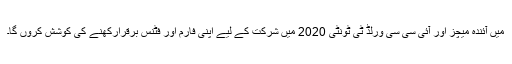
میں آئندہ میچز اور آئی سی سی ورلڈ ٹی ٹونٹی 2020 میں شرکت کے لیے اپنی فارم اور فٹنس برقرارکھنے کی کوشش کروں گا۔